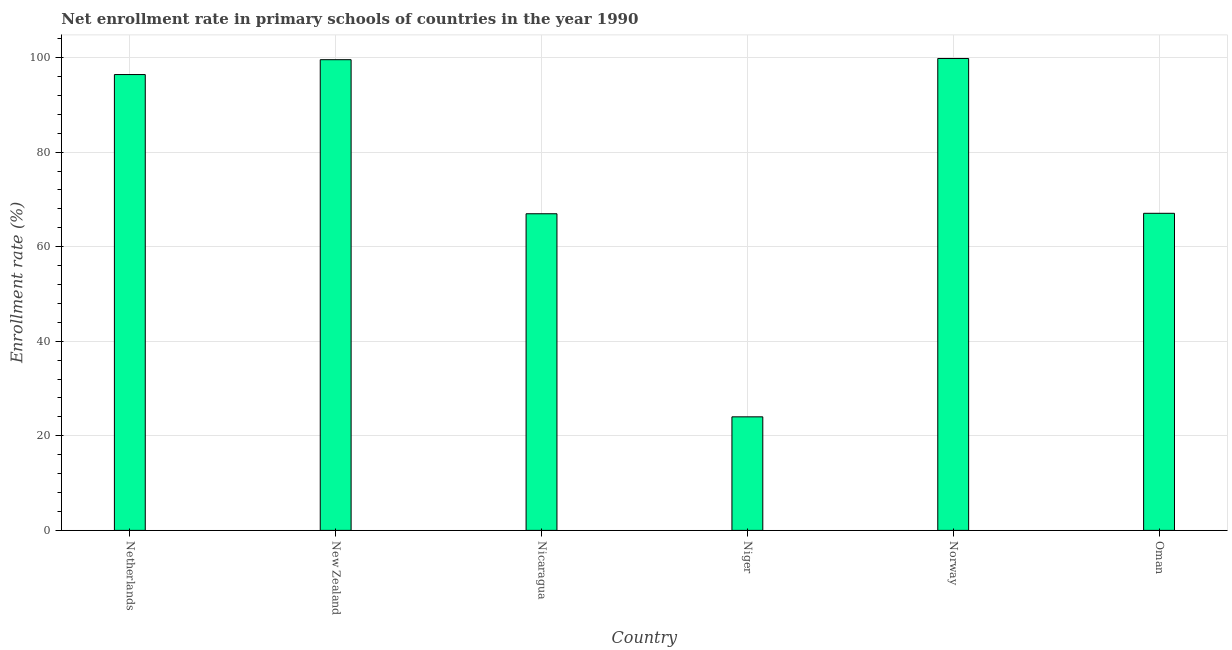
| Country | Adjusted net enrolment rate |
 | --- | --- |
 | Netherlands | 96.4 |
 | New Zealand | 99.5 |
 | Nicaragua | 67 |
 | Niger | 24 |
 | Norway | 99.8 |
 | Oman | 67.1 |